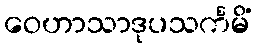
ဝေဟာသာဒုပသင်္ကမိံ